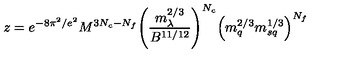
z = e ^ { - 8 \pi ^ { 2 } / e ^ { 2 } } M ^ { 3 N _ { c } - N _ { f } } \Bigg ( \frac { m _ { \lambda } ^ { 2 / 3 } } { B ^ { 1 1 / 1 2 } } \Bigg ) ^ { N _ { c } } \Big ( m _ { q } ^ { 2 / 3 } m _ { s q } ^ { 1 / 3 } \Big ) ^ { N _ { f } }